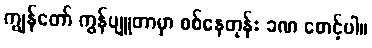
ကျွန်တော် ကွန်ပျူတာမှာ စစ်နေတုန်း ခဏ စောင့်ပါ။